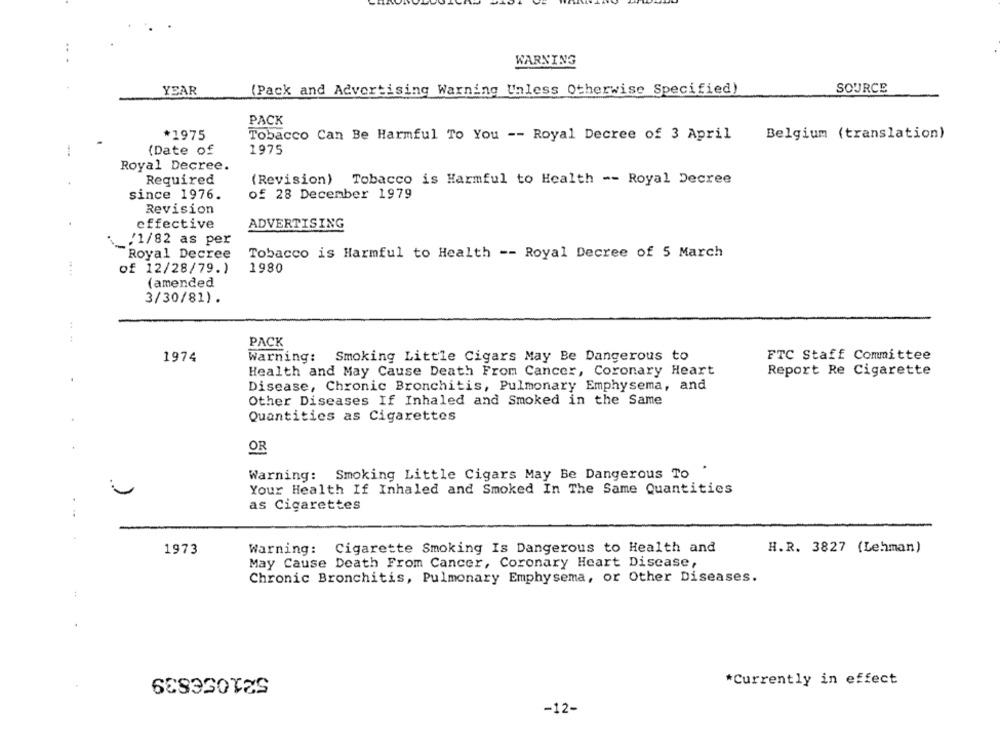
WARNING
YEAR
(Pack and Advertising Warning Unless Otherwise Specified)
SOURCE
PACK
*1975
Tobacco Can Be Harmful To You -- Royal Decree of 3 April
Belgium (translation)
(Date of
1975
Royal Decree.
Required
(Revision) Tobacco is Harmful to Health -- Royal Decree
since 1976.
of 28 December 1979
Revision
effective
ADVERTISING
/1/82 as per
Royal Decree
Tobacco is Harmful to Health -- Royal Decree of 5 March
of 12/28/79.)
1980
(amended
3/30/81).
PACK
1974
Warning: Smoking Little Cigars May Be Dangerous to
FTC Staff Committee
Health and May Cause Death From Cancer, Coronary Heart
Report Re Cigarette
.
Disease, Chronic Bronchitis, Pulmonary Emphysema, and
Other Diseases If Inhaled and Smoked in the Same
Quantities as Cigarettes
OR
Warning: Smoking Little Cigars May Be Dangerous To .
Your Health If Inhaled and Smoked In The Same Quantities
as Cigarettes
1973
Warning: Cigarette Smoking Is Dangerous to Health and
H.R. 3827 (Lehman)
May Cause Death From Cancer, Coronary Heart Disease,
Chronic Bronchitis, Pulmonary Emphysema, or Other Diseases.
..
521056839
*Currently in effect
-12-